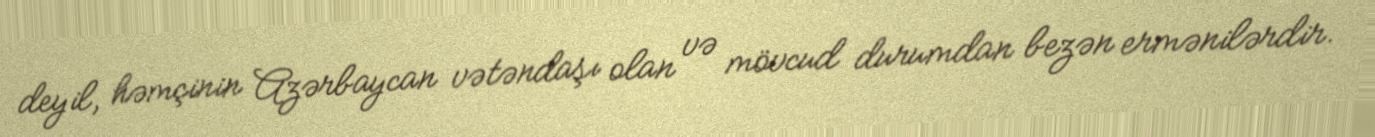
deyil, həmçinin Azərbaycan vətəndaşı olan və mövcud durumdan bezən ermənilərdir.